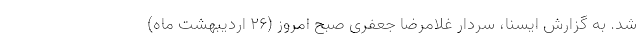
شد. به گزارش ایسنا، سردار غلامرضا جعفری صبح امروز (۲۶ اردیبهشت ماه)